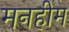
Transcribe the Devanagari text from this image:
मनहीम